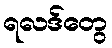
ရလဒ်တွေ